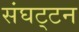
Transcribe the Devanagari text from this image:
संघट्‍टन